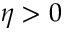
\eta > 0